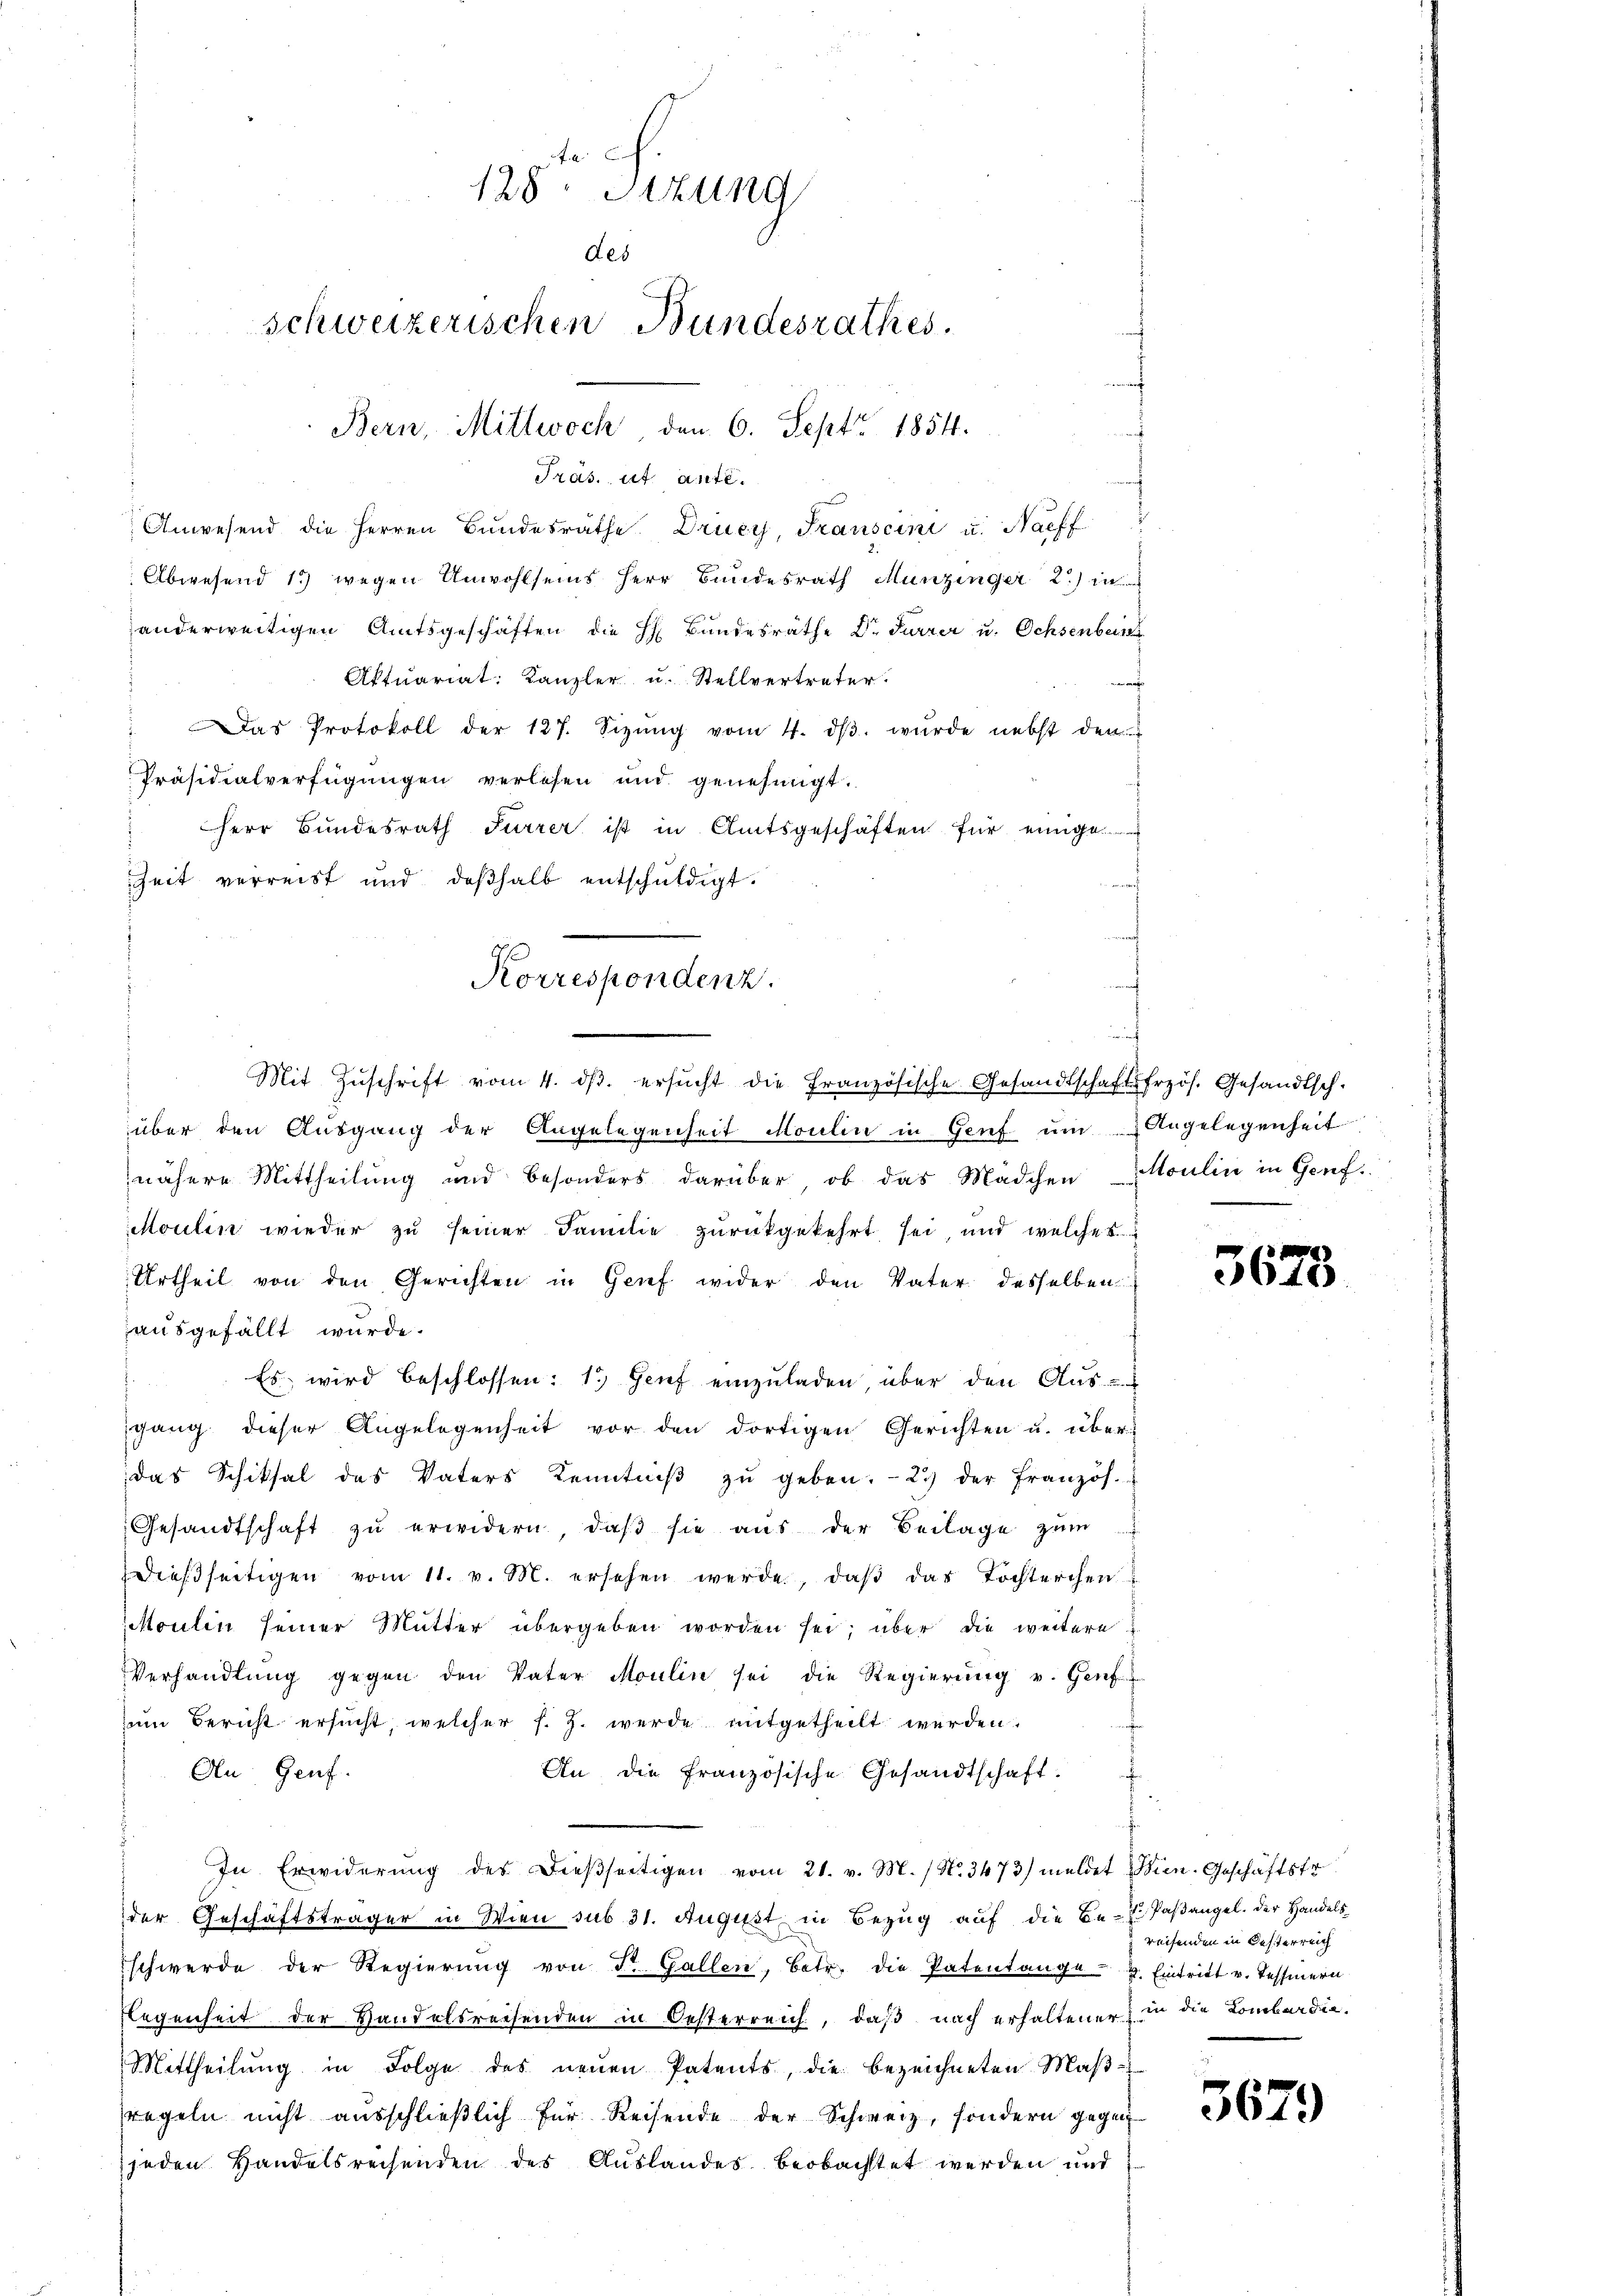
tr. c.
128. Sitzung
des
schweizerischen Bundesrathes.
Bern, Mittwoch, den 6. Sept. 1854.

Träs. ut ante.

Anwesend die Herren Bundesräthe Dricy, Transcini u. Nachf
Abwesend 15 wegen Unwohlseins Herr Bundesrath Munzinger 2) in
anderweitigen Amtsgeschäften die H. Bundesräthe Dr. Furrer u. Ochsenbein
Aktuariat: Kanzler u. Stellvertreter.
" Das Protokoll der 127. Sizŭng vom 4. dβ. wurde nebst den
Präsidialverfügungen verlesen und genehmigt.
Herr Bundesrath Furrer ist in Amtsgeschäften für einige
Zeit verreist und deßhalb entschuldigt.
d
d
über den Ausgang der Angelegenheit Moulin in Genf um Angelegenheit
nähere Mittheilung und besonders darüber, ob das Mädchen Moulin in Genf
Moulin wieder zu seiner Familie zurückgekehrt sei, und welche s
Urtheil von den Gerichten in Grief wider den Vater desselben
ausgefällt wurde.
Es wird beschlossen: 1.) Genf einzuladen, über den Aus-
sgang dieser Angelegenheit vor den dortigen Gerichten u. über-
das Schiksal des Vaters Kenntniβ zŭ geben.- 2.) der französ.
Gesandtschaft zu erwidern, daß sie aus der Beilage zum
dießseitigen vom 11. v. M. ersehen werde, daβ das Tochterchen
Moulin seiner Mutter übergeben worden sei, über die weitere
Verhandlung gegen den Vater Moulin sei die Regierung v. Genf
zum Bericht ersucht, welcher s. Z. werde mitgetheilt werden.
An Genf.
An die französische Gesandtschaft.
In Erwiderŭng des dieβseitigen vom 21. v. M. / N. 3473) meldet Wien. Geschäftstr
der Geschäftsträger in Wien sub 31. August in Bezug auf die Be- Paßangel. Der Handelsschwerde der Regierŭng von St. Gallen, betr. die Patentange 2. Eintritt v. Tessinern
Flegenheit der Handelsreisenden in Oesterreich, daß nach erhaltener in die Lombardie¬
Mittheilŭng in Folge des neŭen Patents, die bezeichneten Maβ-
regeln nicht aŭsschlieβlich für Reisende der Schweiz, sondern gegen
jeden Handelsrechenden des Auslandes beobachtet werden und

1
Korrespondenz.
Mit Zŭschrift vom 4. dβ. ersŭcht die französische Gesandtschaftsfrzös. Gesandtsch.

3673

reisenden in Oesterreich

3679